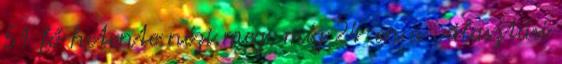
51 fő hetente nézi meg, míg 24-en a választási